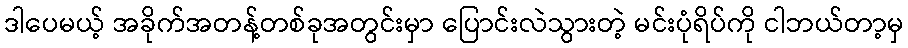
ဒါပေမယ့် အခိုက်အတန့်တစ်ခုအတွင်းမှာ ပြောင်းလဲသွားတဲ့ မင်းပုံရိပ်ကို ငါဘယ်တာ့မှ